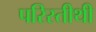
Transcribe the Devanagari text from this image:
परिस्तीथी